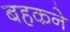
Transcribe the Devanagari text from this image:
बहकने